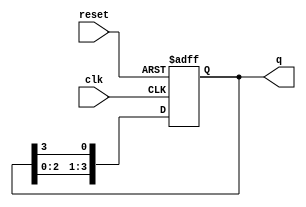
module ring_counter #(
    parameter N = 4 // Number of flip-flops (states)
)(
    input wire clk,     // Clock signal
    input wire reset,   // Asynchronous reset signal
    output reg [N-1:0] q // Output representing the current state
);

// Always block for sequential logic (state transitions)
always @(posedge clk or posedge reset) begin
    if (reset) begin
        // Initialize the counter to a known state
        q <= 1'b1; // Set the first flip-flop to '1' and others to '0'
    end else begin
        // Shift the '1' through the flip-flops
        q <= {q[N-2:0], q[N-1]}; // Shift left and wrap around
    end
end

endmodule